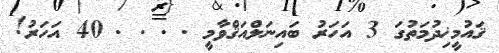
ޤައުމީޚިދުމަތުގަ 3 އަހަރު ބައިނަލްއަޤްވާމީ . . . . 40 އަހަރު!